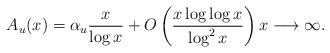
LaTeX: \begin{align*}A_u(x)=\alpha _u\frac{x}{\log x}+O\left(\frac{x\log \log x}{\log ^2 x}\right) x\longrightarrow \infty .\end{align*}